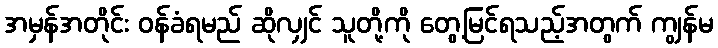
အမှန်အတိုင်း ဝန်ခံရမည် ဆိုလျှင် သူတို့ကို တွေ့မြင်ရသည့်အတွက် ကျွန်မ